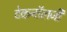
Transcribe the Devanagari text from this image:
टेकनॉलजी